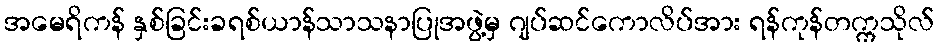
အမေရိကန် နှစ်ခြင်းခရစ်ယာန်သာသနာပြုအဖွဲ့မှ ဂျပ်ဆင်ကောလိပ်အား ရန်ကုန်တက္ကသိုလ်